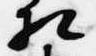
相